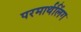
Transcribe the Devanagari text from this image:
परमार्थलिंग